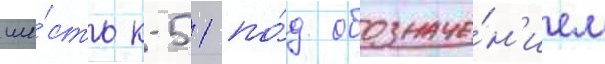
ше́сть к-51 по́д обозначе́н'ием